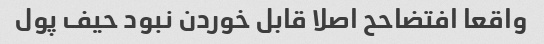
واقعا افتضاحح اصلا قابل خوردن نبود حیف پول